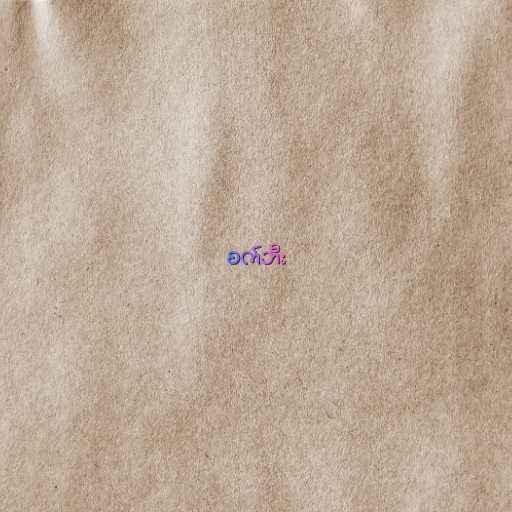
စက်ဘီး